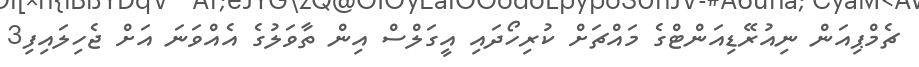
ޗެމްޕިއަން ނިއުރޭޑިއަންޓްގެ މައްޗަށް ކުރިހޯދައި އީގަލްސް އިން ތާވަލުގެ އެއްވަނަ އަށް ޖެހިލައިފި3